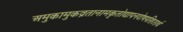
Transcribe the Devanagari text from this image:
अमुकामुकव्रतानामकृतोद्यापनदोषपरिहारार्थ